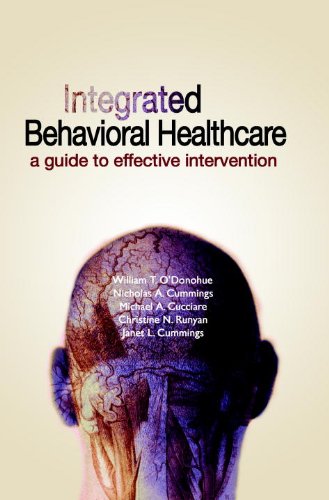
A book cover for Integrated Behavioral Healthcare: A Guide To Effective Intervention; William T. O'Donohue; Health, Fitness & Dieting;